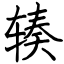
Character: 辏